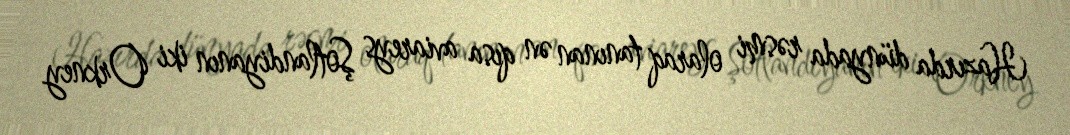
Hazırda dünyada rəsmi olaraq tanınan ən qısa aviareys Şotlandiyanın iki Orkney